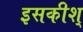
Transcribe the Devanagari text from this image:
इसकीश्